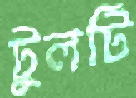
টুলটি